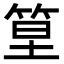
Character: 𥭧